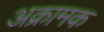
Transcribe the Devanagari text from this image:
अक्रामक